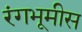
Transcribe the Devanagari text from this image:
रंगभूमीस